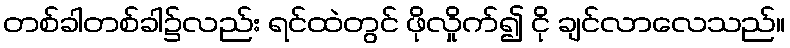
တစ်ခါတစ်ခါ၌လည်း ရင်ထဲတွင် ဖိုလှိုက်၍ ငို ချင်လာလေသည်။